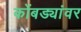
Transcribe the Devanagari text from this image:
कोंबड्यांवर